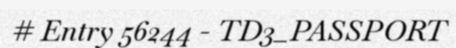
# Entry 56244 - TD3_PASSPORT